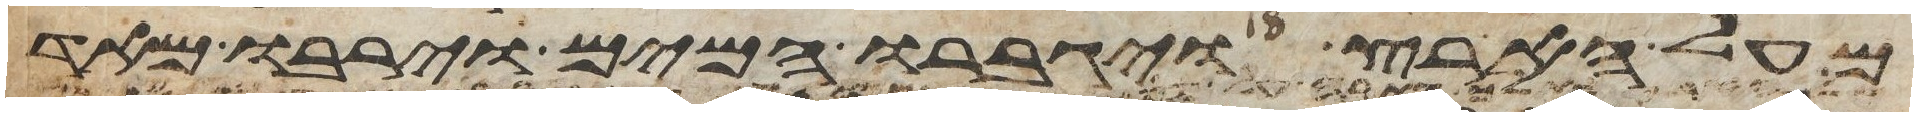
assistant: מעל הארץ ויגברו המים וירבו מאד